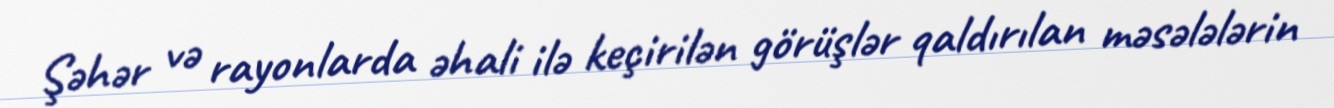
Şəhər və rayonlarda əhali ilə keçirilən görüşlər qaldırılan məsələlərin